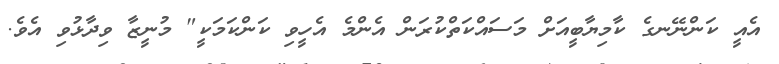
އެއީ ކަންނޭނގެ ކާމިޔާބީއަށް މަސައްކަތްކުރަން އެންމެ އެހީވި ކަންކަމަކީ" މުނީޒާ ވިދާޅުވި އެވެ.